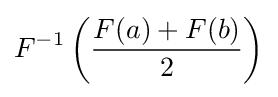
F^{-1}\left({\frac {F(a)+F(b)}{2}}\right)